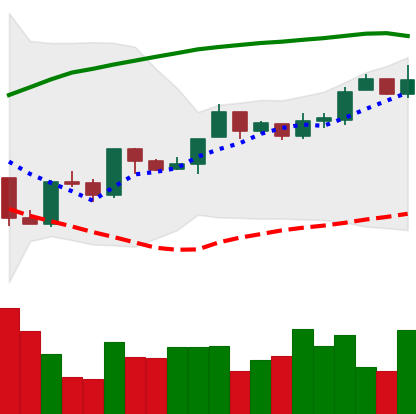
Ticker: BTC-USD
Chart end date: 2016-10-10
Forward return: 3.175%
Label: up_3_5